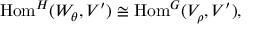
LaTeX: { \mathrm { H o m } } ^ { H } ( W _ { \theta } , V ^ { \prime } ) \cong { \mathrm { H o m } } ^ { G } ( V _ { \rho } , V ^ { \prime } ) ,